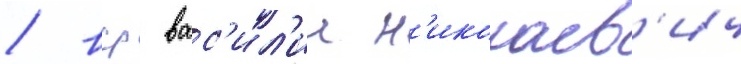
/ вср вас'ил'ии н'иколаев'ич